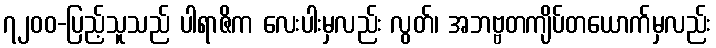
၇၂၀၀-ပြည့်သူသည် ပါရာဇိက လေးပါးမှလည်း လွတ်၊ အဘဗ္ဗတကျိပ်တယောက်မှလည်း